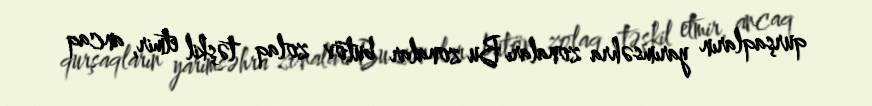
qurşaqların yarımsəhra zonaları Bu zonalar butöv zolaq təşkil etmir, ancaq